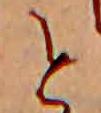
と